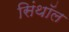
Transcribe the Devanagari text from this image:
सिंथॉल